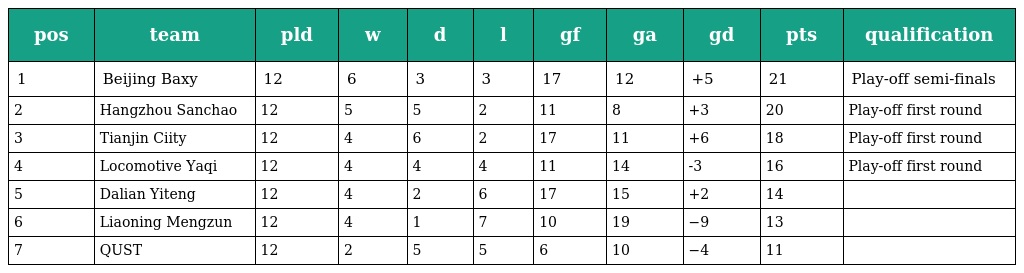
| pos | team | pld | w | d | l | gf | ga | gd | pts | qualification |
 | --- | --- | --- | --- | --- | --- | --- | --- | --- | --- | --- |
 | 1 | Beijing Baxy | 12 | 6 | 3 | 3 | 17 | 12 | +5 | 21 | Play-off semi-finals |
 | 2 | Hangzhou Sanchao | 12 | 5 | 5 | 2 | 11 | 8 | +3 | 20 | Play-off first round |
 | 3 | Tianjin Ciity | 12 | 4 | 6 | 2 | 17 | 11 | +6 | 18 | Play-off first round |
 | 4 | Locomotive Yaqi | 12 | 4 | 4 | 4 | 11 | 14 | -3 | 16 | Play-off first round |
 | 5 | Dalian Yiteng | 12 | 4 | 2 | 6 | 17 | 15 | +2 | 14 |  |
 | 6 | Liaoning Mengzun | 12 | 4 | 1 | 7 | 10 | 19 | −9 | 13 |  |
 | 7 | QUST | 12 | 2 | 5 | 5 | 6 | 10 | −4 | 11 |  |